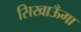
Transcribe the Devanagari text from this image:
सिखाऊँगा